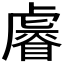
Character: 𧇩